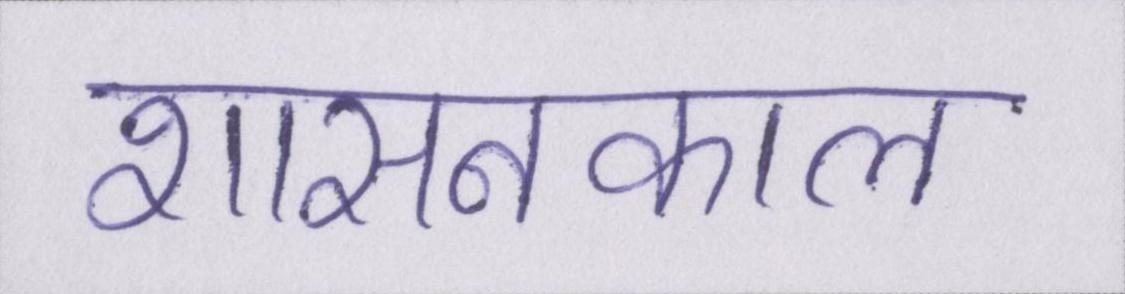
शासनकाल